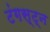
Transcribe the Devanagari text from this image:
टंगस्ट्न